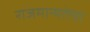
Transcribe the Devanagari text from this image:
राजमान्यतेचा